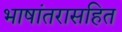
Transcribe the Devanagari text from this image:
भाषांतरासहित